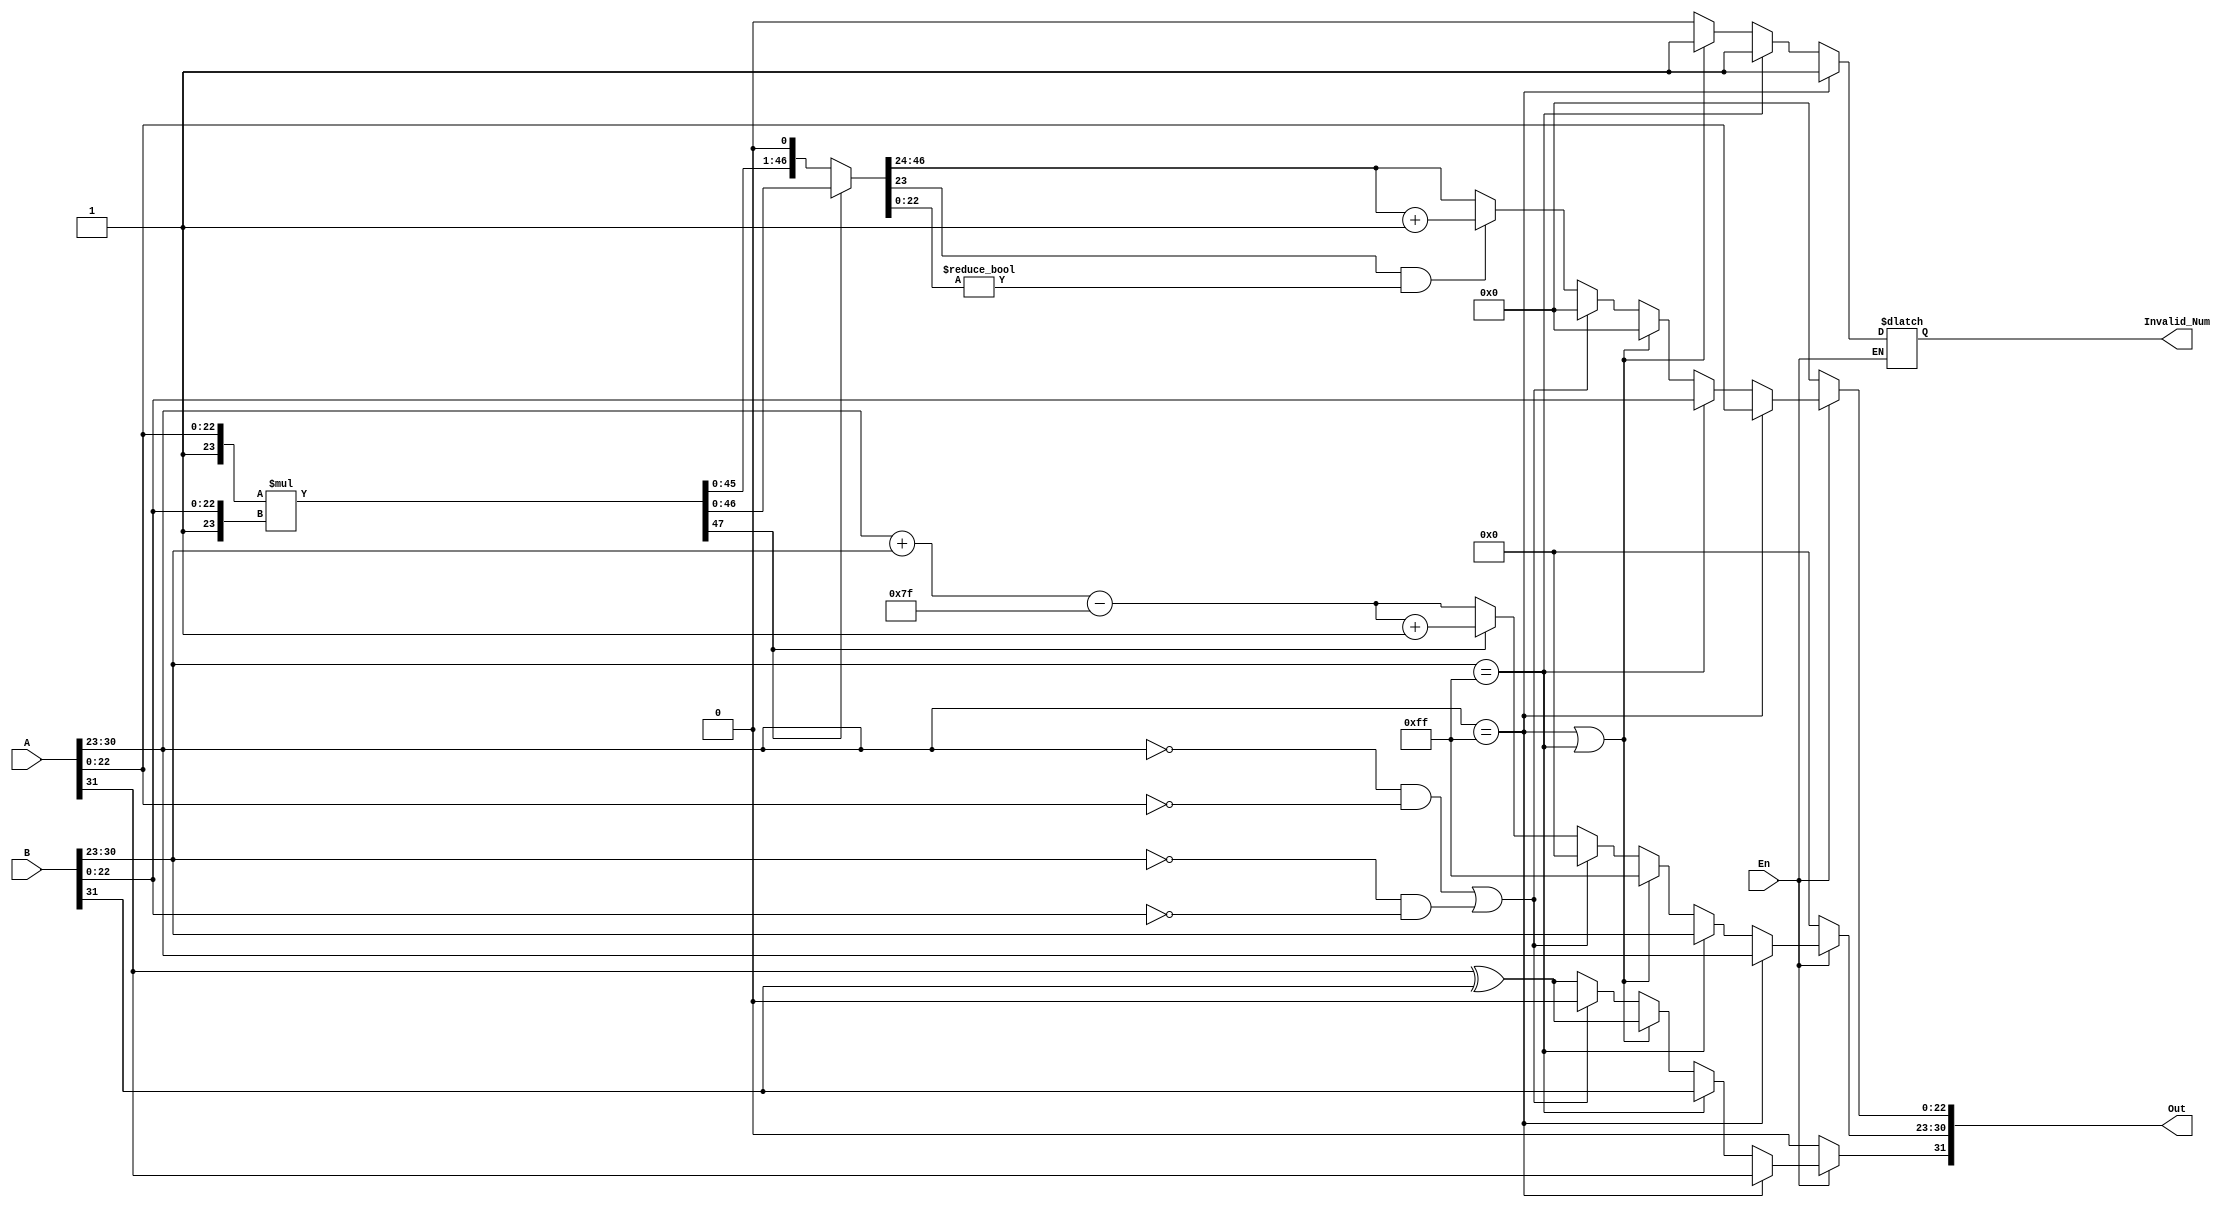
module Multiplier(A, B,En, Out,Invalid_Num);
  input  [31:0] A, B;
  input         En;
  output wire [31:0] Out;
  output reg Invalid_Num;

 
  wire A_Sign;
  wire [7:0] A_Exponent;
  wire [23:0] A_Mantissa;
  wire B_Sign;
  wire [7:0] B_Exponent;
  wire [23:0] B_Mantissa;
 
  reg Result_Sign;
  reg [7:0] Result_Exponent;
  reg [47:0] Result;
  reg [22:0] Result_Mantissa;
  

assign A_Sign = A[31];
assign B_Sign = B[31];
assign A_Exponent = A[30:23];
assign B_Exponent = B[30:23];
assign A_Mantissa = {1'b1,A[22:0]};
assign B_Mantissa = {1'b1,B[22:0]};
 



 




always@(*)begin
     if(En)
       begin
        //If a is NaN 
			   if ((A_Exponent == 255 && A_Mantissa != 0) ) begin

				    Result_Sign = A_Sign;
				    Result_Exponent = A_Exponent;
				    Result_Mantissa = A_Mantissa;
            Invalid_Num = 1;
     
			//If b is NaN 
			   end else if ((B_Exponent == 255 && B_Mantissa  != 0) ) begin
				  Result_Sign = B_Sign;
				  Result_Exponent = B_Exponent;
				  Result_Mantissa = B_Mantissa;
          Invalid_Num = 1;
      
			//if a or b is inf return inf
			   end else if ((A_Exponent == 255) || (B_Exponent == 255)) begin
				  Result_Sign = A_Sign ^ B_Sign;
				  Result_Exponent = 255;
				  Result_Mantissa = 0;
          Invalid_Num = 1;
          end
          else if (((A_Exponent == 0) && (A_Mantissa == {1'b1,23'b0})) || ((B_Exponent == 0) && (B_Mantissa == {1'b1,23'b0}) ))begin
             
            Result_Sign = 0;    
				    Result_Exponent = 0;
				    Result_Mantissa = 0;
				     Invalid_Num = 0;
 

 
          end else begin




 
          Invalid_Num = 0;
          Result_Sign = A_Sign ^ B_Sign;
          Result_Exponent = A_Exponent + B_Exponent - 8'd127;

         Result = A_Mantissa*B_Mantissa;


 
 
         if(Result[47] == 1'b1) begin
  
            Result = Result ;
            Result_Exponent = Result_Exponent + 1;






          end else if (Result[47]== 1'b0) begin

        	   Result = Result << 1 ; 
            Result_Exponent = Result_Exponent  ;





          end if (Result[23] && (Result[22:0] != 0))begin
            Result_Mantissa = Result[46:24]+1'b1;


          end else 
           Result_Mantissa = Result[46:24];
 



          end
          end
        else
          begin
            Result_Sign = 0;    
				    Result_Exponent = 0;
				    Result_Mantissa = 0;
          end

end


assign Out = {Result_Sign,Result_Exponent,Result_Mantissa};


endmodule